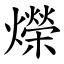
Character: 爃